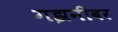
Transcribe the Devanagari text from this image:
गझनीवर